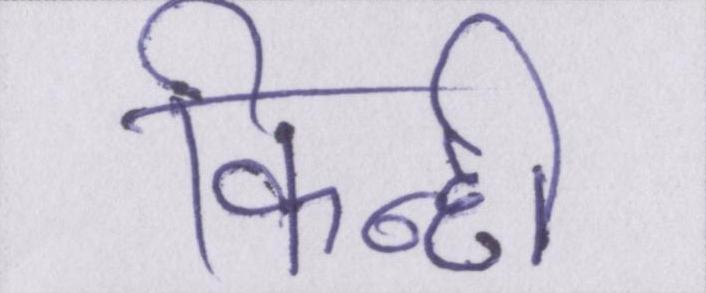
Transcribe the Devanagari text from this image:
किन्हीं